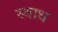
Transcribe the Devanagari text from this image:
स्वाध